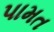
પામત